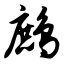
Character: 鹧